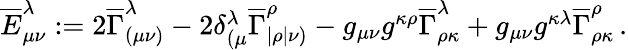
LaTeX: \begin{array}{r}{\overline{{E}}_{\mu\nu}^{\lambda}:=2\overline{{\Gamma}}_{(\mu\nu)}^{\lambda}-2\delta_{(\mu}^{\lambda}\overline{{\Gamma}}_{|\rho|\nu)}^{\rho}-g_{\mu\nu}g^{\kappa\rho}\overline{{\Gamma}}_{\rho\kappa}^{\lambda}+g_{\mu\nu}g^{\kappa\lambda}\overline{{\Gamma}}_{\rho\kappa}^{\rho}\, .}\end{array}